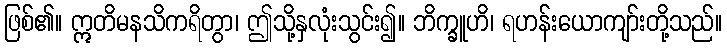
ဖြစ်၏။ ဣတိမနသိကရိတွာ၊ ဤသို့နှလုံးသွင်း၍။ ဘိက္ခူဟိ၊ ရဟန်းယောကျာ်းတို့သည်။